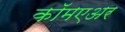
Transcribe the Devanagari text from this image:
कॉमएअर